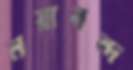
নয়াবন্দ